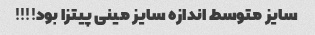
سایز متوسط اندازه سایز مینى پیتزا بود!!!!